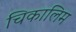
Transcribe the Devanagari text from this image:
चिकालिम